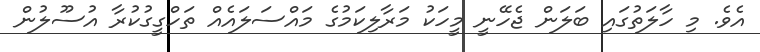
އެވެ. މި ހާލަތުގައި ބަލަން ޖެހޭނީ މީހަކު މަރާލިކަމުގެ މައްސަލައެއް ތަހްގީގުކުރާ އުސޫލުން